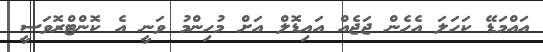
އައްމަޑޭ ކަހަލަ އެހެން ޖަޖެއް އައިޑޮލް އަށް މުހިންމު ވަނީ އެ ކޮންޓްރޮވަސީ